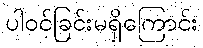
ပါဝင်ခြင်းမရှိကြောင်း